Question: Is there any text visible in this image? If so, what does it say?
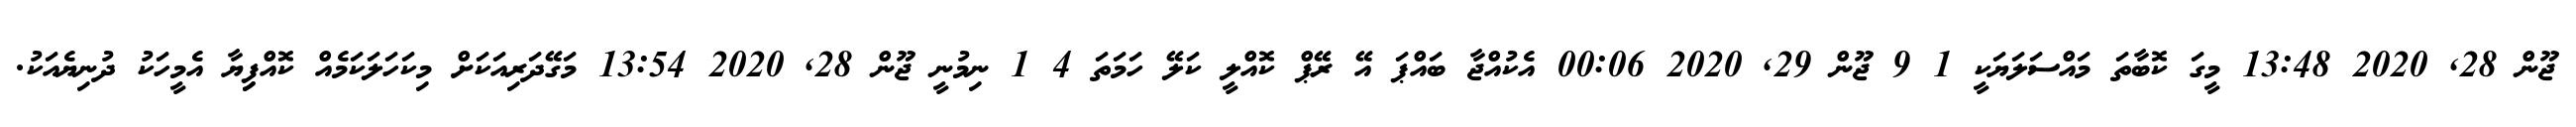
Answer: ޖޫން 28, 2020 13:48 މީގަ ކޮބާތަ މައްސަލަޔަކީ 1 9 ޖޫން 29, 2020 00:06 އެކުއްޖާ ބައްޕަ އޭ ރޭޕް ކޮއްލީ ކަލޭ ހަމަތަ 4 1 ނިމުނީ ޖޫން 28, 2020 13:54 މަގޭދަރިއަކަށް މިކަހަލަކަމެއް ކޮއްފިިޔާ އެމީހަކު ދުނިޔެއަކު.